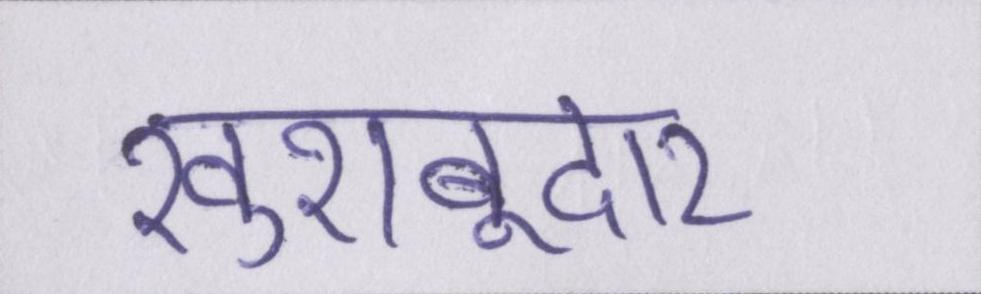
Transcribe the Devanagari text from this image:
खुशबूदार